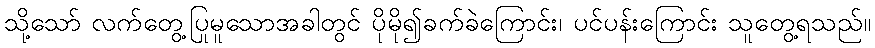
သို့သော် လက်တွေ့ပြုမူသောအခါတွင် ပိုမို၍ခက်ခဲကြောင်း၊ ပင်ပန်းကြောင်း သူတွေ့ရသည်။